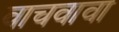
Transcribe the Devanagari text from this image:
वाचवावा